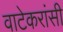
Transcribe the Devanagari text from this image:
वाटेकरांसी